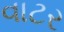
વાટર